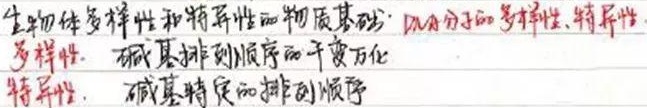
生物体多样性和特异性的物质基础：DNA分子的多样性、特异性。
多样性：碱基排列顺序的千变万化。
特异性：碱基特定的排列顺序。
\(DNA\) 分子的多样性、特异性体现在：
多样性：碱基排列顺序的千变万化，即 \(\text{DNA}\) 分子中碱基排列顺序的千变万化。
特异性：碱基特定的排列顺序，即 \(\text{DNA}\) 分子具有碱基特定的排列顺序。